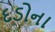
દડોના